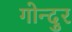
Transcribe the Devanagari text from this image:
गोन्दुर